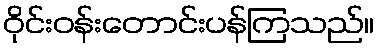
ဝိုင်းဝန်းတောင်းပန်ကြသည်။